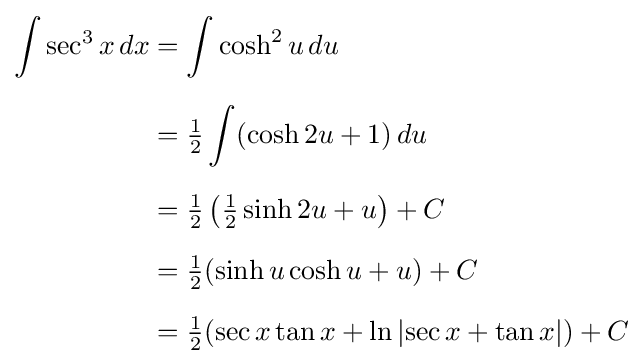
{\begin{aligned}\int \sec ^{3}x\,dx&=\int \cosh ^{2}u\,du\\[6pt]&={\tfrac {1}{2}}\int (\cosh 2u+1)\,du\\[6pt]&={\tfrac {1}{2}}\left({\tfrac {1}{2}}\sinh 2u+u\right)+C\\[6pt]&={\tfrac {1}{2}}(\sinh u\cosh u+u)+C\\[6pt]&={\tfrac {1}{2}}(\sec x\tan x+\ln \left|\sec x+\tan x\right|)+C\end{aligned}}